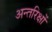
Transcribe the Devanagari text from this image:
अन्तरिक्षों